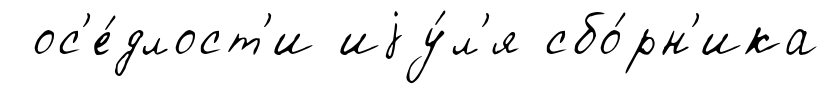
ос'е́длост'и иjу́л'я сбо́рн'ика